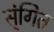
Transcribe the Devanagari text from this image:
स्ंगित